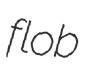
flob